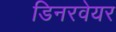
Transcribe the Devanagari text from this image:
डिनरवेयर